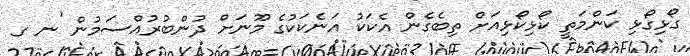
ގޯޅިގޯޅި ކަންމަތީ ކޯޅިކޯޅިއަށް ތިބެގެން އެކަކު އަނެކަކުގެ މޫނަށް ދުންބުރުއްސަމުން 'ނ ގ